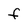
Character: f